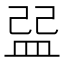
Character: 𥁥